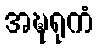
အဍ္ဎရုကံ